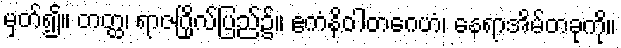
မှတ်၍။ တတ္ထ၊ ရာဇဂြိုလ်ပြည်၌။ ဧကံနိဝါတဂေဟံ၊ နေရာအိမ်တခုကို။